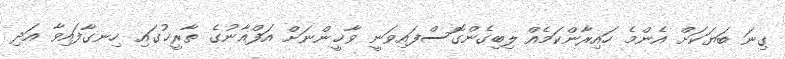
ގިނަ ބަޔަކަށް އެންމެ ހައިރާންކަމެއް ލިބިގެންގޮސްފައިވަނީ ވާޚީންނަށް އަފްޣާނުގެ ތާރީޚުގައި ހިނގާފައިވާ އަދި